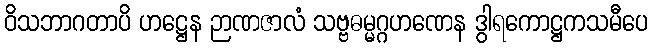
ဝိသဘာဂတာပိ ဟဋ္ဌေန ဉာဏဇာလံ သဗ္ဗဓမ္မဂ္ဂဟဏေန ဒွါရကောဋ္ဌကသမီပေ